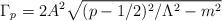
LaTeX: \begin{align*}\Gamma_{p}=2A^{2}\sqrt{(p-1/2)^{2}/\Lambda^{2}-m^{2}}\end{align*}